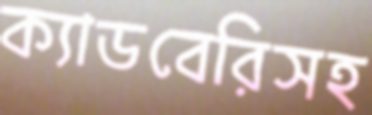
ক্যাডবেরিসহ